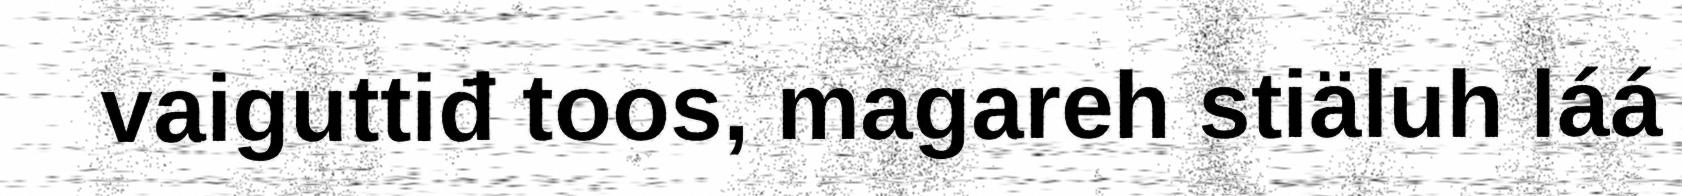
vaiguttiđ toos, magareh stiäluh láá